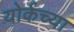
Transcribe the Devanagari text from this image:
योर्कच्या